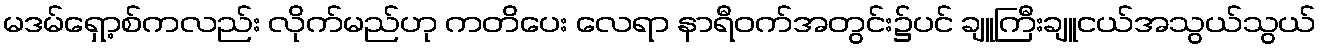
မဒမ်ရှော့စ်ကလည်း လိုက်မည်ဟု ကတိပေး လေရာ နာရီဝက်အတွင်း၌ပင် ချူကြီးချူငယ်အသွယ်သွယ်